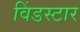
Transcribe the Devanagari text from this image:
विंडस्टार